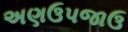
અણઉપજાઉ